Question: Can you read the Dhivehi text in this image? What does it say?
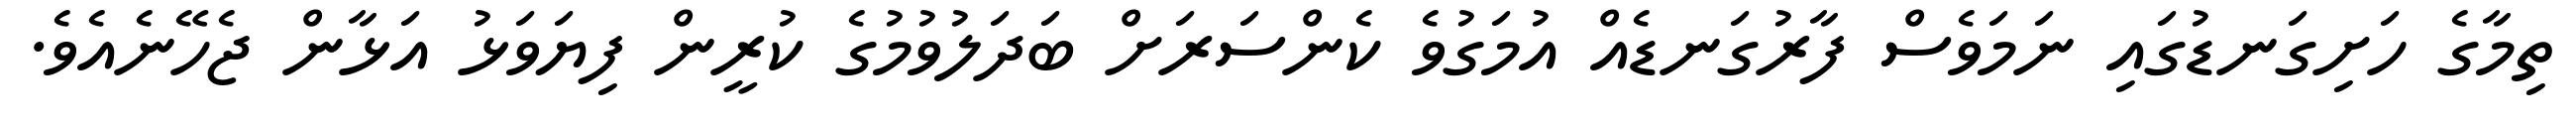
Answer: ތިމާގެ ހަށިގަނޑުގައި ނަމަވެސް ފާރުގަނޑެއް އުމަގުވެ ކެންސަރަށް ބަދަލުވުމުގެ ކުރީން ފިޔަވަޅު އަޅާން ޖެހޭނެއެވެ.